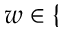
w \in \{